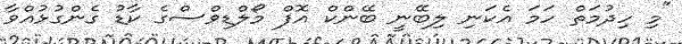
"މި ހިދުމަތް ހަމަ އެކަނި ލިބޭނީ ބޭންކް އޮފް މޯލްޑިވްސްގެ ކާޑު ގެންގުޅުއްވާ